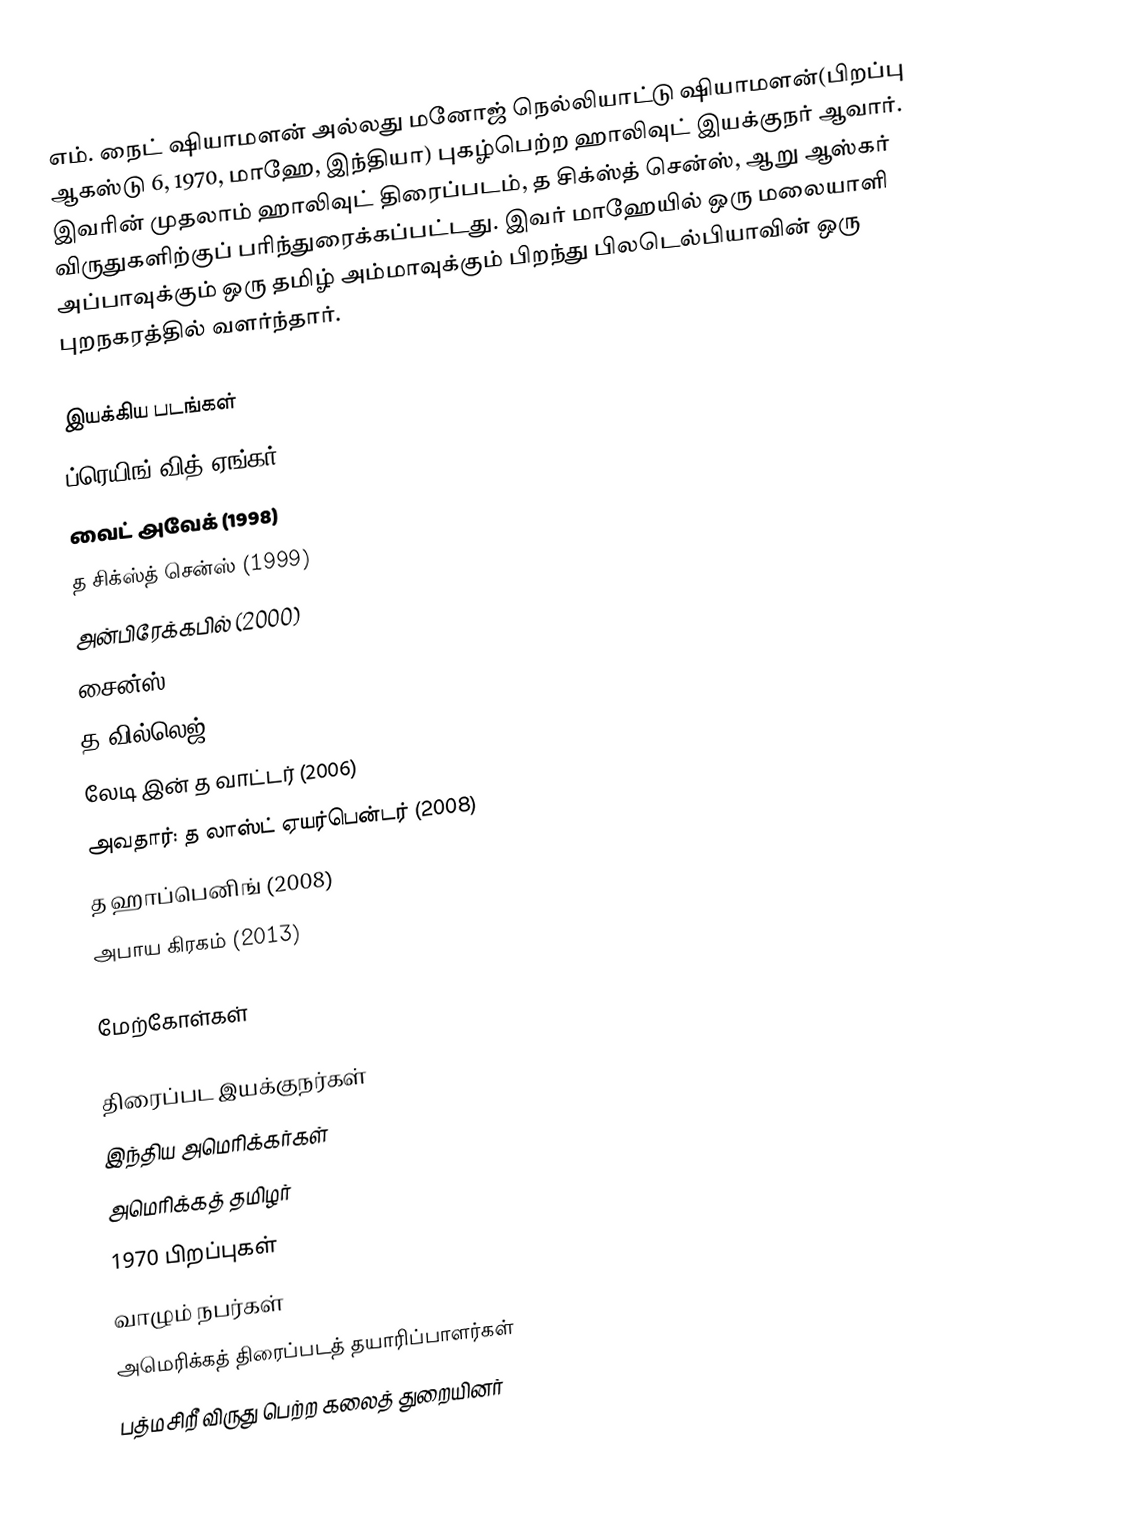
எம். நைட் ஷியாமளன் அல்லது மனோஜ் நெல்லியாட்டு ஷியாமளன்(பிறப்பு ஆகஸ்டு 6, 1970, மாஹே, இந்தியா) புகழ்பெற்ற ஹாலிவுட் இயக்குநர் ஆவார். இவரின் முதலாம் ஹாலிவுட் திரைப்படம், த சிக்ஸ்த் சென்ஸ், ஆறு ஆஸ்கர் விருதுகளிற்குப் பரிந்துரைக்கப்பட்டது. இவர் மாஹேயில் ஒரு மலையாளி அப்பாவுக்கும் ஒரு தமிழ் அம்மாவுக்கும் பிறந்து பிலடெல்பியாவின் ஒரு புறநகரத்தில் வளர்ந்தார்.

இயக்கிய படங்கள்
 ப்ரெயிங் வித் ஏங்கர் (1992)
 வைட் அவேக் (1998)
 த சிக்ஸ்த் சென்ஸ் (1999)
 அன்பிரேக்கபில் (2000)
 சைன்ஸ் (2002)
 த வில்லெஜ் (2004)
 லேடி இன் த வாட்டர் (2006)
 அவதார்: த லாஸ்ட் ஏயர்பென்டர் (2008)
 த ஹாப்பெனிங் (2008)
 அபாய கிரகம் (2013)

மேற்கோள்கள்

திரைப்பட இயக்குநர்கள்
இந்திய அமெரிக்கர்கள்
அமெரிக்கத் தமிழர்
1970 பிறப்புகள்
வாழும் நபர்கள்
அமெரிக்கத் திரைப்படத் தயாரிப்பாளர்கள்
பத்மசிறீ விருது பெற்ற கலைத் துறையினர்